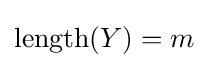
\operatorname {length} (Y)=m